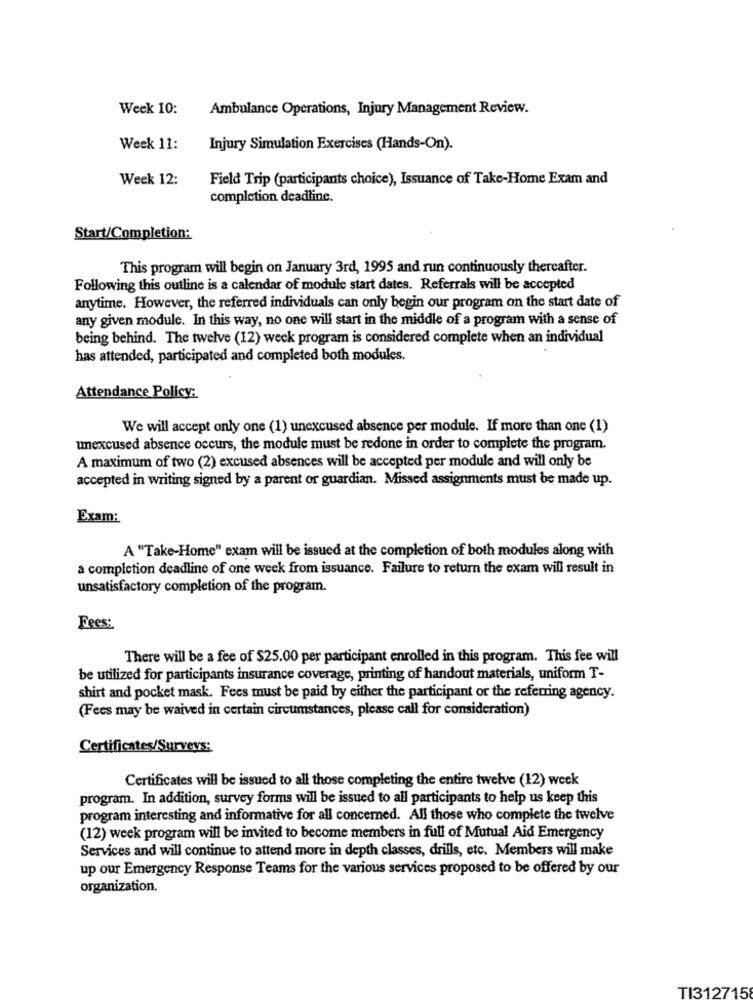
Week 10:
Ambulance Operations, Injury Management Review.
Week 11:
Injury Simulation Exercises (Hands-On).
Week 12:
Field Trip (participants choice), Issuance of Take-Home Exam and
completion deadline.
Start/Completion:
This program will begin on January 3rd, 1995 and run continuously thereafter.
Following this outline is a calendar of module start dates. Referrals will be accepted
anytime. However, the referred individuals can only begin our program on the start date of
any given module. In this way, no one will start in the middle of a program with a sense of
being behind. The twelve (12) week program is considered complete when an individual
has attended, participated and completed both modules.
Attendance Policy:
We will accept only one (1) unexcused absence per module. If more than one (1)
unexcused absence occurs, the module must be redone in order to complete the program.
A maximum of two (2) excused absences will be accepted per module and will only be
accepted in writing signed by a parent or guardian. Missed assignments must be made up.
Exam:
A "Take-Home" exam will be issued at the completion of both modules along with
a completion deadline of one week from issuance. Failure to return the exam will result in
unsatisfactory completion of the program.
Fees:
There will be a fee of $25.00 per participant enrolled in this program. This fee will
be utilized for participants insurance coverage, printing of handout materials, uniform T-
shirt and pocket mask. Fees must be paid by either the participant or the referring agency.
(Fecs may be waived in certain circumstances, please call for consideration)
Certificates/Surveys:
Certificates will be issued to all those completing the entire twelve (12) week
program. In addition, survey forms will be issued to all participants to help us keep this
program interesting and informative for all concerned. All those who complete the twelve
(12) week program will be invited to become members in full of Mutual Aid Emergency
Services and will continue to attend more in depth classes, drills, etc. Members will make
up our Emergency Response Teams for the various services proposed to be offered by our
organization.
TI312715